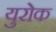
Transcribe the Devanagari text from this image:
युरोक